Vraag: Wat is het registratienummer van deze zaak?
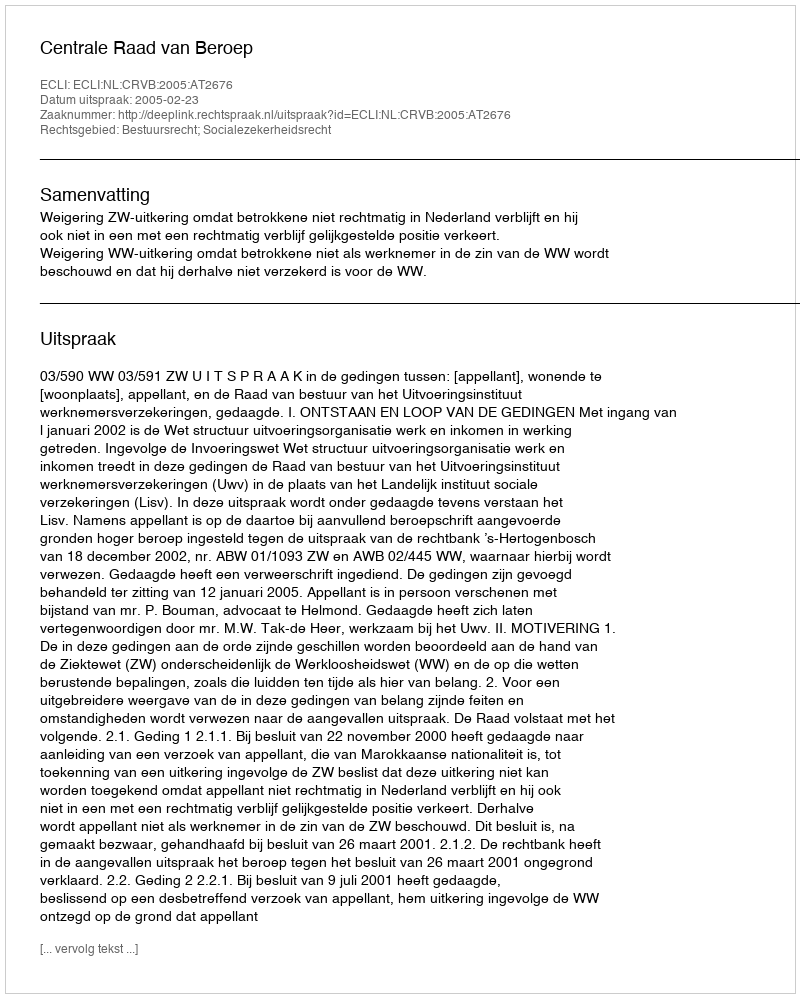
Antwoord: http://deeplink.rechtspraak.nl/uitspraak?id=ECLI:NL:CRVB:2005:AT2676